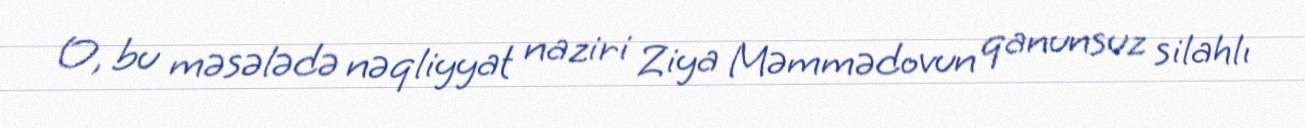
O, bu məsələdə nəqliyyat naziri Ziya Məmmədovun qanunsuz silahlı